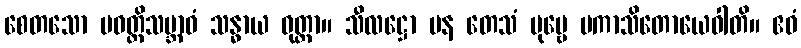
စေတသော ပဝတ္တိသဗ္ဘာဝံ သန္ဓာယ ဝုတ္တာ။ သီလဋ္ဌော ပန တေသံ ပုဗ္ဗေ ပကာသိတောယေဝါတိ။ ဧဝံ